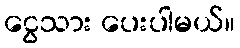
ငွေသား ပေးပါမယ်။